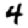
Digit: 4